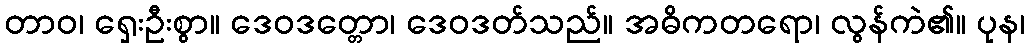
တာဝ၊ ရှေးဦးစွာ။ ဒေဝဒတ္တော၊ ဒေဝဒတ်သည်။ အဓိကတရော၊ လွန်ကဲ၏။ ပုန၊